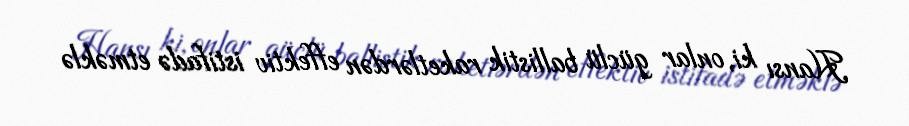
Hansı ki, onlar güclü ballistik raketlərdən effektiv istifadə etməklə